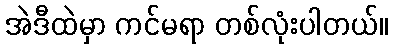
အဲဒီထဲမှာ ကင်မရာ တစ်လုံးပါတယ်။